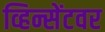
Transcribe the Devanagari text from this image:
व्हिन्सेंटवर